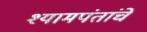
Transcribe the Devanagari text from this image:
श्यामपंतांचे